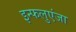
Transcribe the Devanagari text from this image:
इन्फलुएंजा